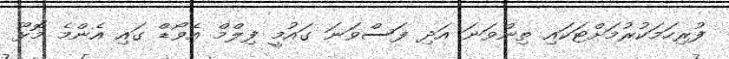
ފުރިހަމަކުރުމަށްޓަކައި ތިންވަނަ އަދި ފަސްވަނަ ގައުމީ ފިލްމް އެވޯޑް ގައި އެންމެ މޮޅޫ